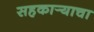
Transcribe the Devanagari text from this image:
सहकार्‍याचा